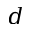
d